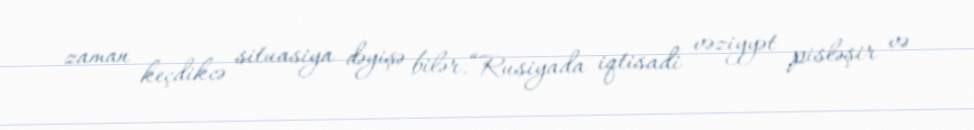
zaman keçdikcə situasiya dəyişə bilər.“Rusiyada iqtisadi vəziyyət pisləşir və